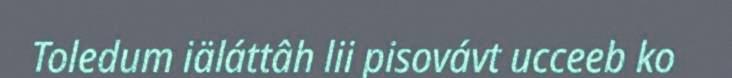
Toledum iäláttâh lii pisovávt ucceeb ko